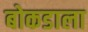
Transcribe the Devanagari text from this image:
बोकडाला